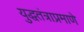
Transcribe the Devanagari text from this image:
युद्धतंत्राप्रमाणे